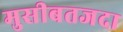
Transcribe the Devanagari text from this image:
मुसीबतजदा